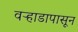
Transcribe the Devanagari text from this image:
वऱ्हाडापासून